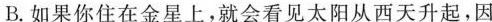
B.如果你住在金星上，就会看见太阳从西天升起，因